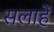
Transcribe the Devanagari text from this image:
सलाहें